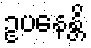
ဥပနေန္တိ